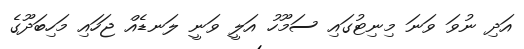
އަދި ނުވަ ވަނަ މިނިޓުގައި ސަމޫހު އަލީ ވަނީ ލަނޑެއް ޖަހައި މަހިބަދޫގެ